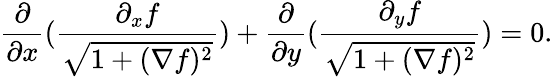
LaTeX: \frac{\partial}{\partial x}(\frac{\partial_{x}f}{\sqrt{1+(\nabla f)^{2}}})+\frac{\partial}{\partial y}(\frac{\partial_{y}f}{\sqrt{1+(\nabla f)^{2}}})=0.